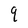
Character: q